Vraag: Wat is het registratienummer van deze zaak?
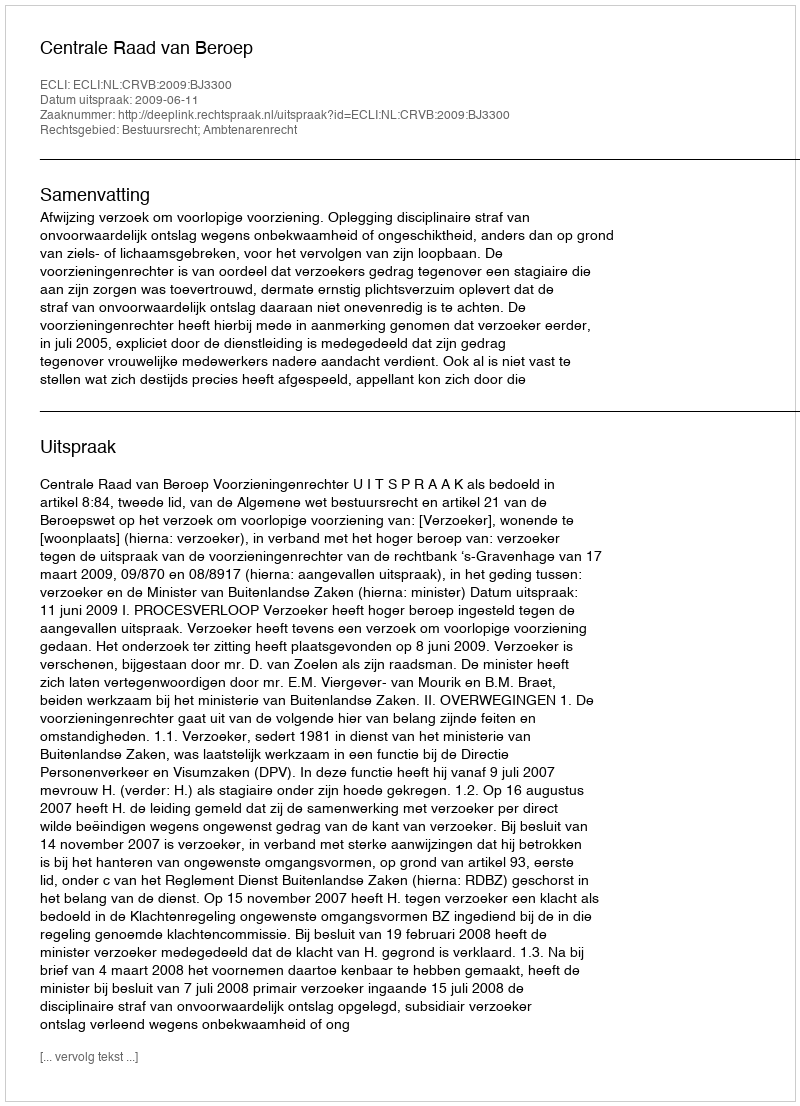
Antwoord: http://deeplink.rechtspraak.nl/uitspraak?id=ECLI:NL:CRVB:2009:BJ3300